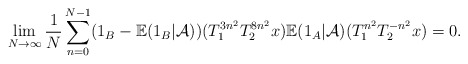
\begin{align*}\lim\limits_{N\rightarrow \infty}\frac{1}{N}\sum_{n=0}^{N-1}(1_{B}-\mathbb{E}(1_B|\mathcal{A}))(T_{1}^{3n^2} T_{2}^{8n^2}x)\mathbb{E}(1_A|\mathcal{A})(T_{1}^{n^2} T_{2}^{-n^2}x)=0.\end{align*}